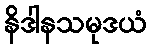
နိဒါနသမုဒယံ